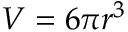
V = 6 \pi r ^ { 3 }